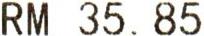
RM 35.85